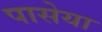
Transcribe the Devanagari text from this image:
पासेया